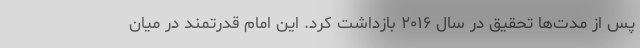
پس از مدت‌ها تحقیق در سال ۲۰۱۶ بازداشت کرد. این امام قدرتمند در میان